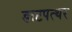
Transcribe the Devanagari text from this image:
डाटपत्थर